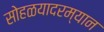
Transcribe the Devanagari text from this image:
सोहळयादरम्यान